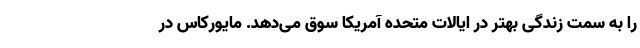
را به سمت زندگی بهتر در ایالات متحده آمریکا سوق می‌دهد. مایورکاس در